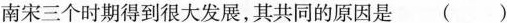
南宋三个时期得到很大发展，其共同的原因是（）